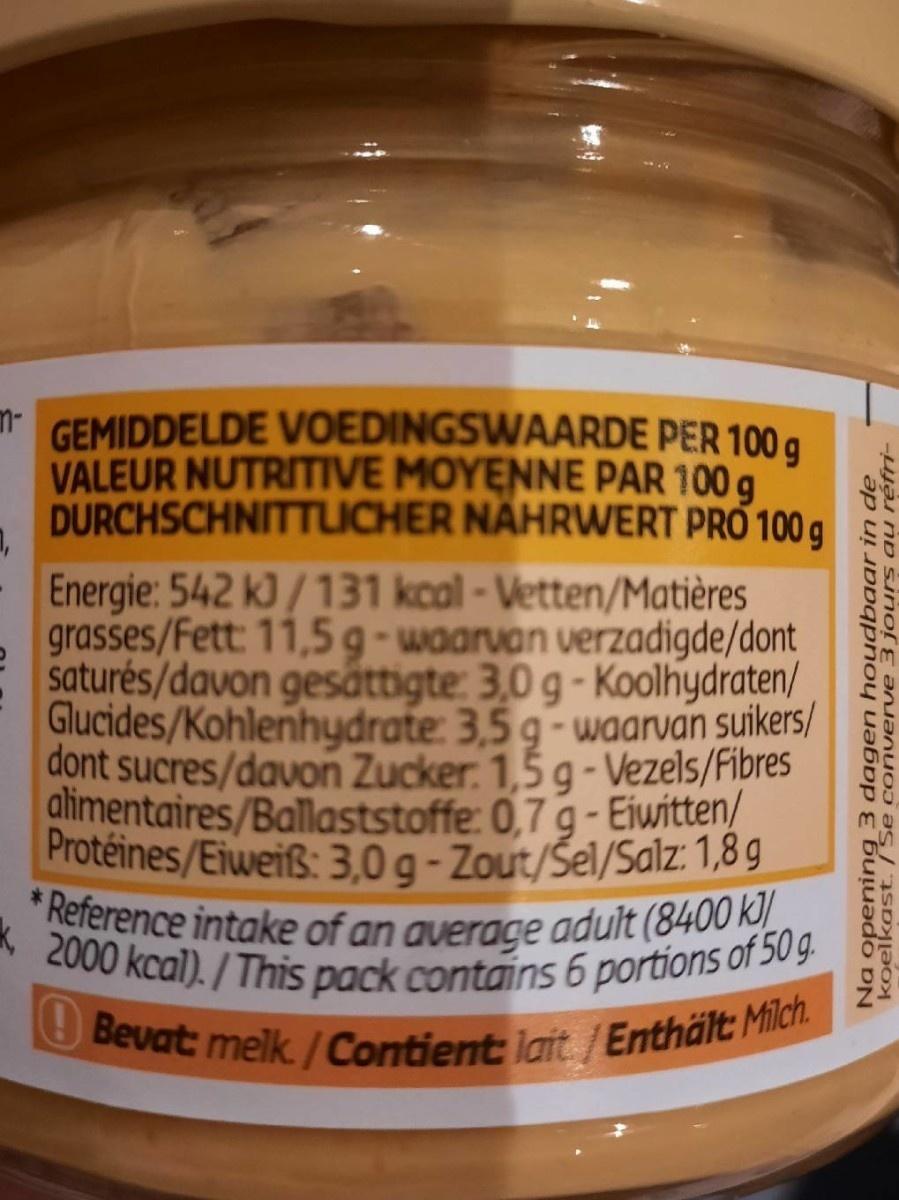
* GEMIDDELDE VOEDINGSWAARDE PER 100 g VALEUR NUTRITIVE MOYENNE PAR 100 g DURCHSCHNITTLICHER NÄHRWERT PRO 100 g
Energie: 542 kJ/131 kcal - Vetten/Matières grasses/Fett: 11,5 g-waarvan verzadigde/dont saturés/davon gesâttigte: 3,0 g - Koolhydraten/ Glucides/Kohlenhydrate: 3,5 g-waarvan suikers/ dont sucres/davon Zucker. 1,5 g - Vezels/Fibres alimentaires/Ballaststoffe: 0,7 g - Eiwitten/ Protéines/Eiweiß: 3,0 g - Zout/Sel/Salz: 1,8 9 * Reference intake of an average adult (8400 k]/ k2000 kcal). / This pack contains 6 portions of 50g.
O Bevat: melk./Contient: lait/Enthält Milch.
Na opening 3 dagen houdbaar in de koelkast./Se converve 3 jours au réfni